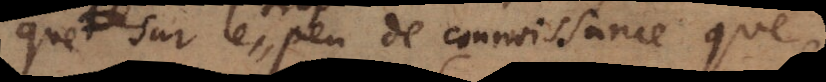
que sur le trop peu de connoissance que